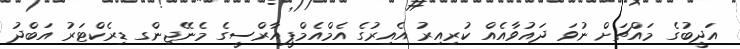
އަދީބުގެ މައްޗަށް ނުވަ ދައުވާއެއް ކުރިއިރު އެއިރުގެ އެމްއެމްޕީއާރްސީގެ މެނޭޖިންގ ޑިރެކްޓަރު އަބްދު